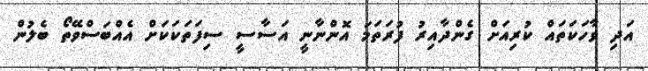
އަދި ވާހަކަތައް ކުރިއަށް ގެންދާއިރު ފުރަތަމަ އޮންނާނީ އަސާސީ ސިފަތަކަކަށް އެއްބަސްވޭތޯ ބެލުން